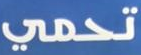
تحمي